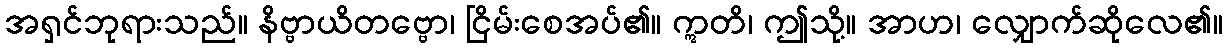
အရှင်ဘုရားသည်။ နိဗ္ဗာယိတဗ္ဗော၊ ငြိမ်းစေအပ်၏။ ဣတိ၊ ဤသို့။ အာဟ၊ လျှောက်ဆိုလေ၏။